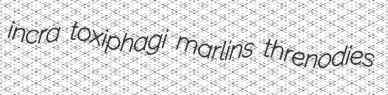
incra toxiphagi marlins threnodies